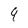
Character: 9